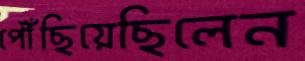
পৌঁছিয়েছিলেন